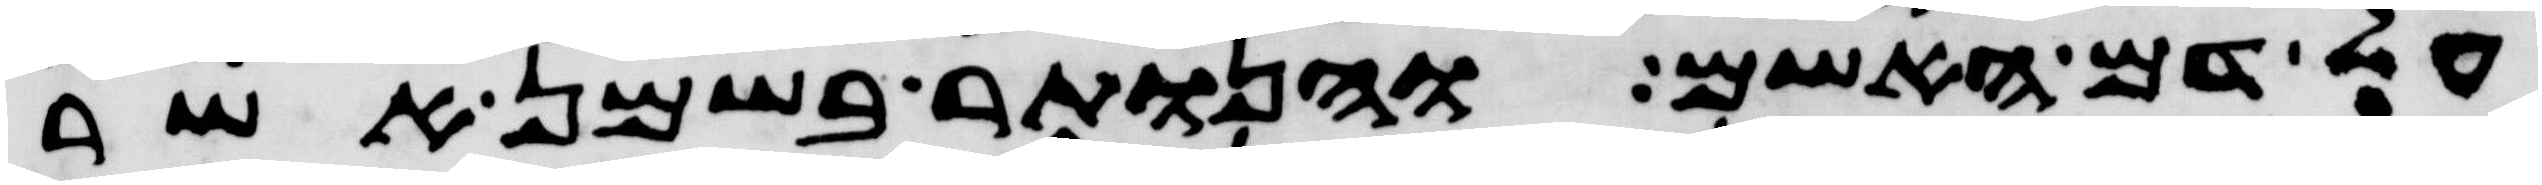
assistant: על דם האשם והנותר בשמן אשר